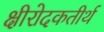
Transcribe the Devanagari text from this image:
क्षीरोदकतीर्थ